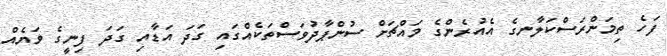
ފަހެ ތިމަންރަސްކަލާނގެ އެއުރެންގެ މައްޗަށް ސުންޕާދުވަސްތަކެއްގައި ގަދަ އަޑާއި ގަދަ ފިނީގެ ވަޔެއް